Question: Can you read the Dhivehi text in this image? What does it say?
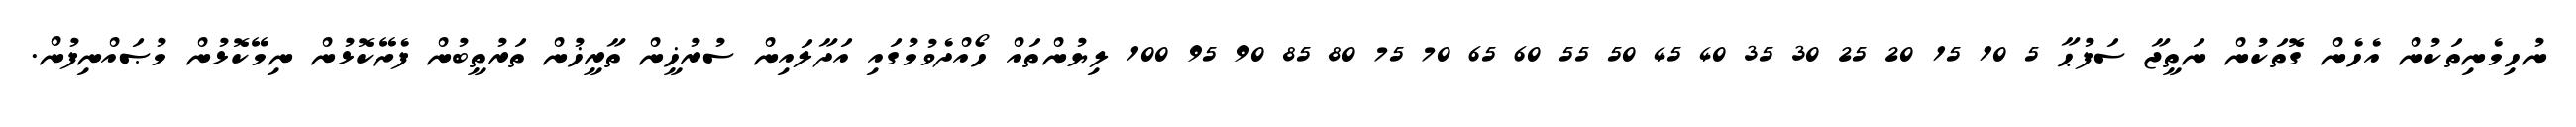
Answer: ނުހިމެނިތަކުން އެހެން ގޮތަކުން ނަތީޖާ ސަފުޙާ 5 10 15 20 25 30 35 40 45 50 55 60 65 70 75 80 85 90 95 100 ލިޔުންތައް ހޯއްދެވުމުގައި އަދާލައިން ސުރުޚީން ތާރީޚުން ތަރުތީބުން ފެށޭކޮޅުން ނިމޭކޮޅުން މުޞައްނިފުން.